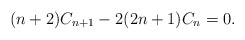
\begin{align*} (n+2)C_{n+1} - 2(2n+1)C_n = 0. \end{align*}